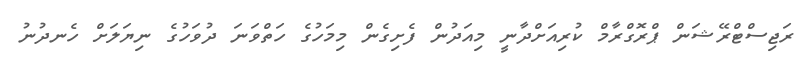
ރަޖިސްޓްރޭޝަން ޕްރޮގްރާމް ކުރިއަށްދާނީ މިއަދުން ފެށިގެން މިމަހުގެ ހަތްވަނަ ދުވަހުގެ ނިޔަލަށް ހެނދުނު